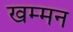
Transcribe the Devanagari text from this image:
खम्मन